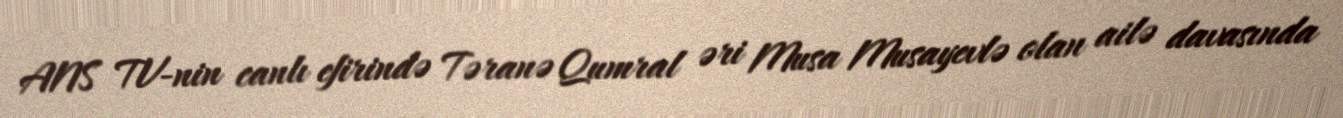
ANS TV-nin canlı efirində Təranə Qumral əri Musa Musayevlə olan ailə davasında